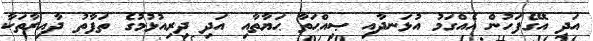
އަދި އޭގެފަހުން އެއްގަމު އުޅަނދާއި ޞިއްޙަތާ ޙަޔާތާއި އަދި ދިރިއުޅުމުގެ ތަފާތު ދާއިރާތަކާ